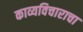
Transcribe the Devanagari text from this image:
काव्यविचाराचा